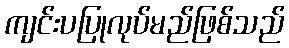
ကျင်းပပြုလုပ်မည်ဖြစ်သည်